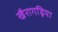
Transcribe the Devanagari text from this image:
खैरागढ़िया